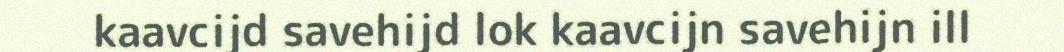
kaavcijd savehijd lok kaavcijn savehijn ill